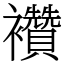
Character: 襸